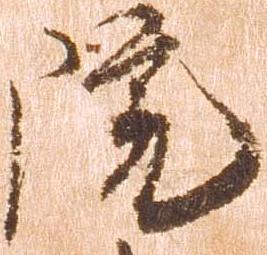
院